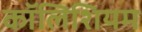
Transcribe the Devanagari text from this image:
कॉलिशियम